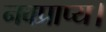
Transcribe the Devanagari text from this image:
नवप्राप्य।